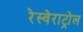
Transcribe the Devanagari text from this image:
रेस्वेराट्रोल